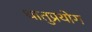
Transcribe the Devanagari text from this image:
धातुप्रयोग